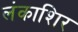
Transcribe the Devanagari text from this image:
लंकाशिर